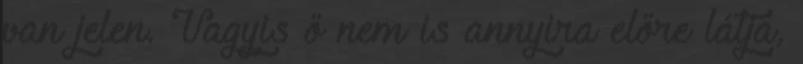
van jelen. Vagyis ő nem is annyira előre látja,